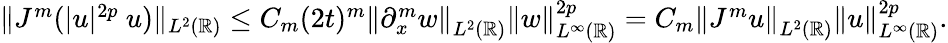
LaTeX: \begin{array}{r}{\| J^{m}(|u|^{2p}\ u)\| _{L^{2}(\mathbb{R})}\leq C_{m}(2t)^{m}\left\| \partial_{x}^{m}w\right\| _{L^{2}(\mathbb{R})}\| w\| _{L^{\infty}(\mathbb{R})}^{2p}=C_{m}\left\| J^{m}u\right\| _{L^{2}(\mathbb{R})}\| u\| _{L^{\infty}(\mathbb{R})}^{2p}.}\end{array}